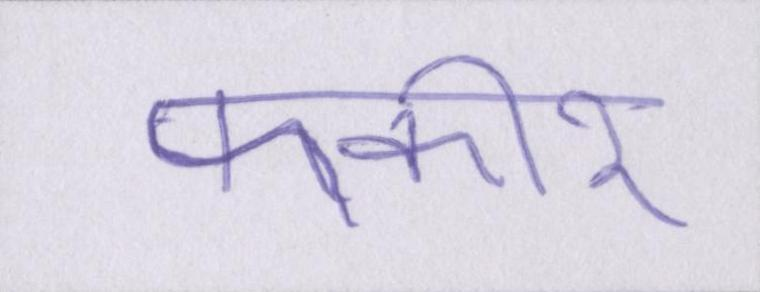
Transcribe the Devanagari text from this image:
फकीर